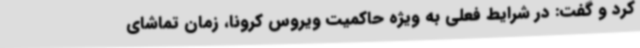
کرد و گفت: در شرایط فعلی به ویژه حاکمیت ویروس کرونا، زمان تماشای